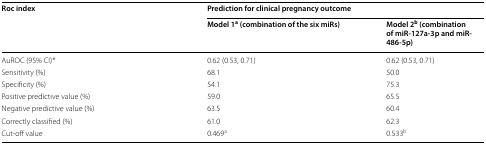
| <ROWSPAN=2> Roc index | <COLSPAN=2> Prediction for clinical pregnancy outcome |
 | Model 1a (combination of the six miRs) | Model 2b (combination of miR-127a-3p and miR-486-5p) |
 | --- | --- | --- |
 | AuROC (95% CI)* | 0.62 (0.53, 0.71) | 0.62 (0.53, 0.71) |
 | Sensitivity (%) | 68.1 | 50.0 |
 | Specificity (%) | 54.1 | 75.3 |
 | Positive predictive value (%) | 59.0 | 65.5 |
 | Negative predictive value (%) | 63.5 | 60.4 |
 | Correctly classified (%) | 61.0 | 62.3 |
 | Cut-off value | 0.469a | 0.533b |